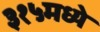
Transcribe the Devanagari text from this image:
३१५मध्ये